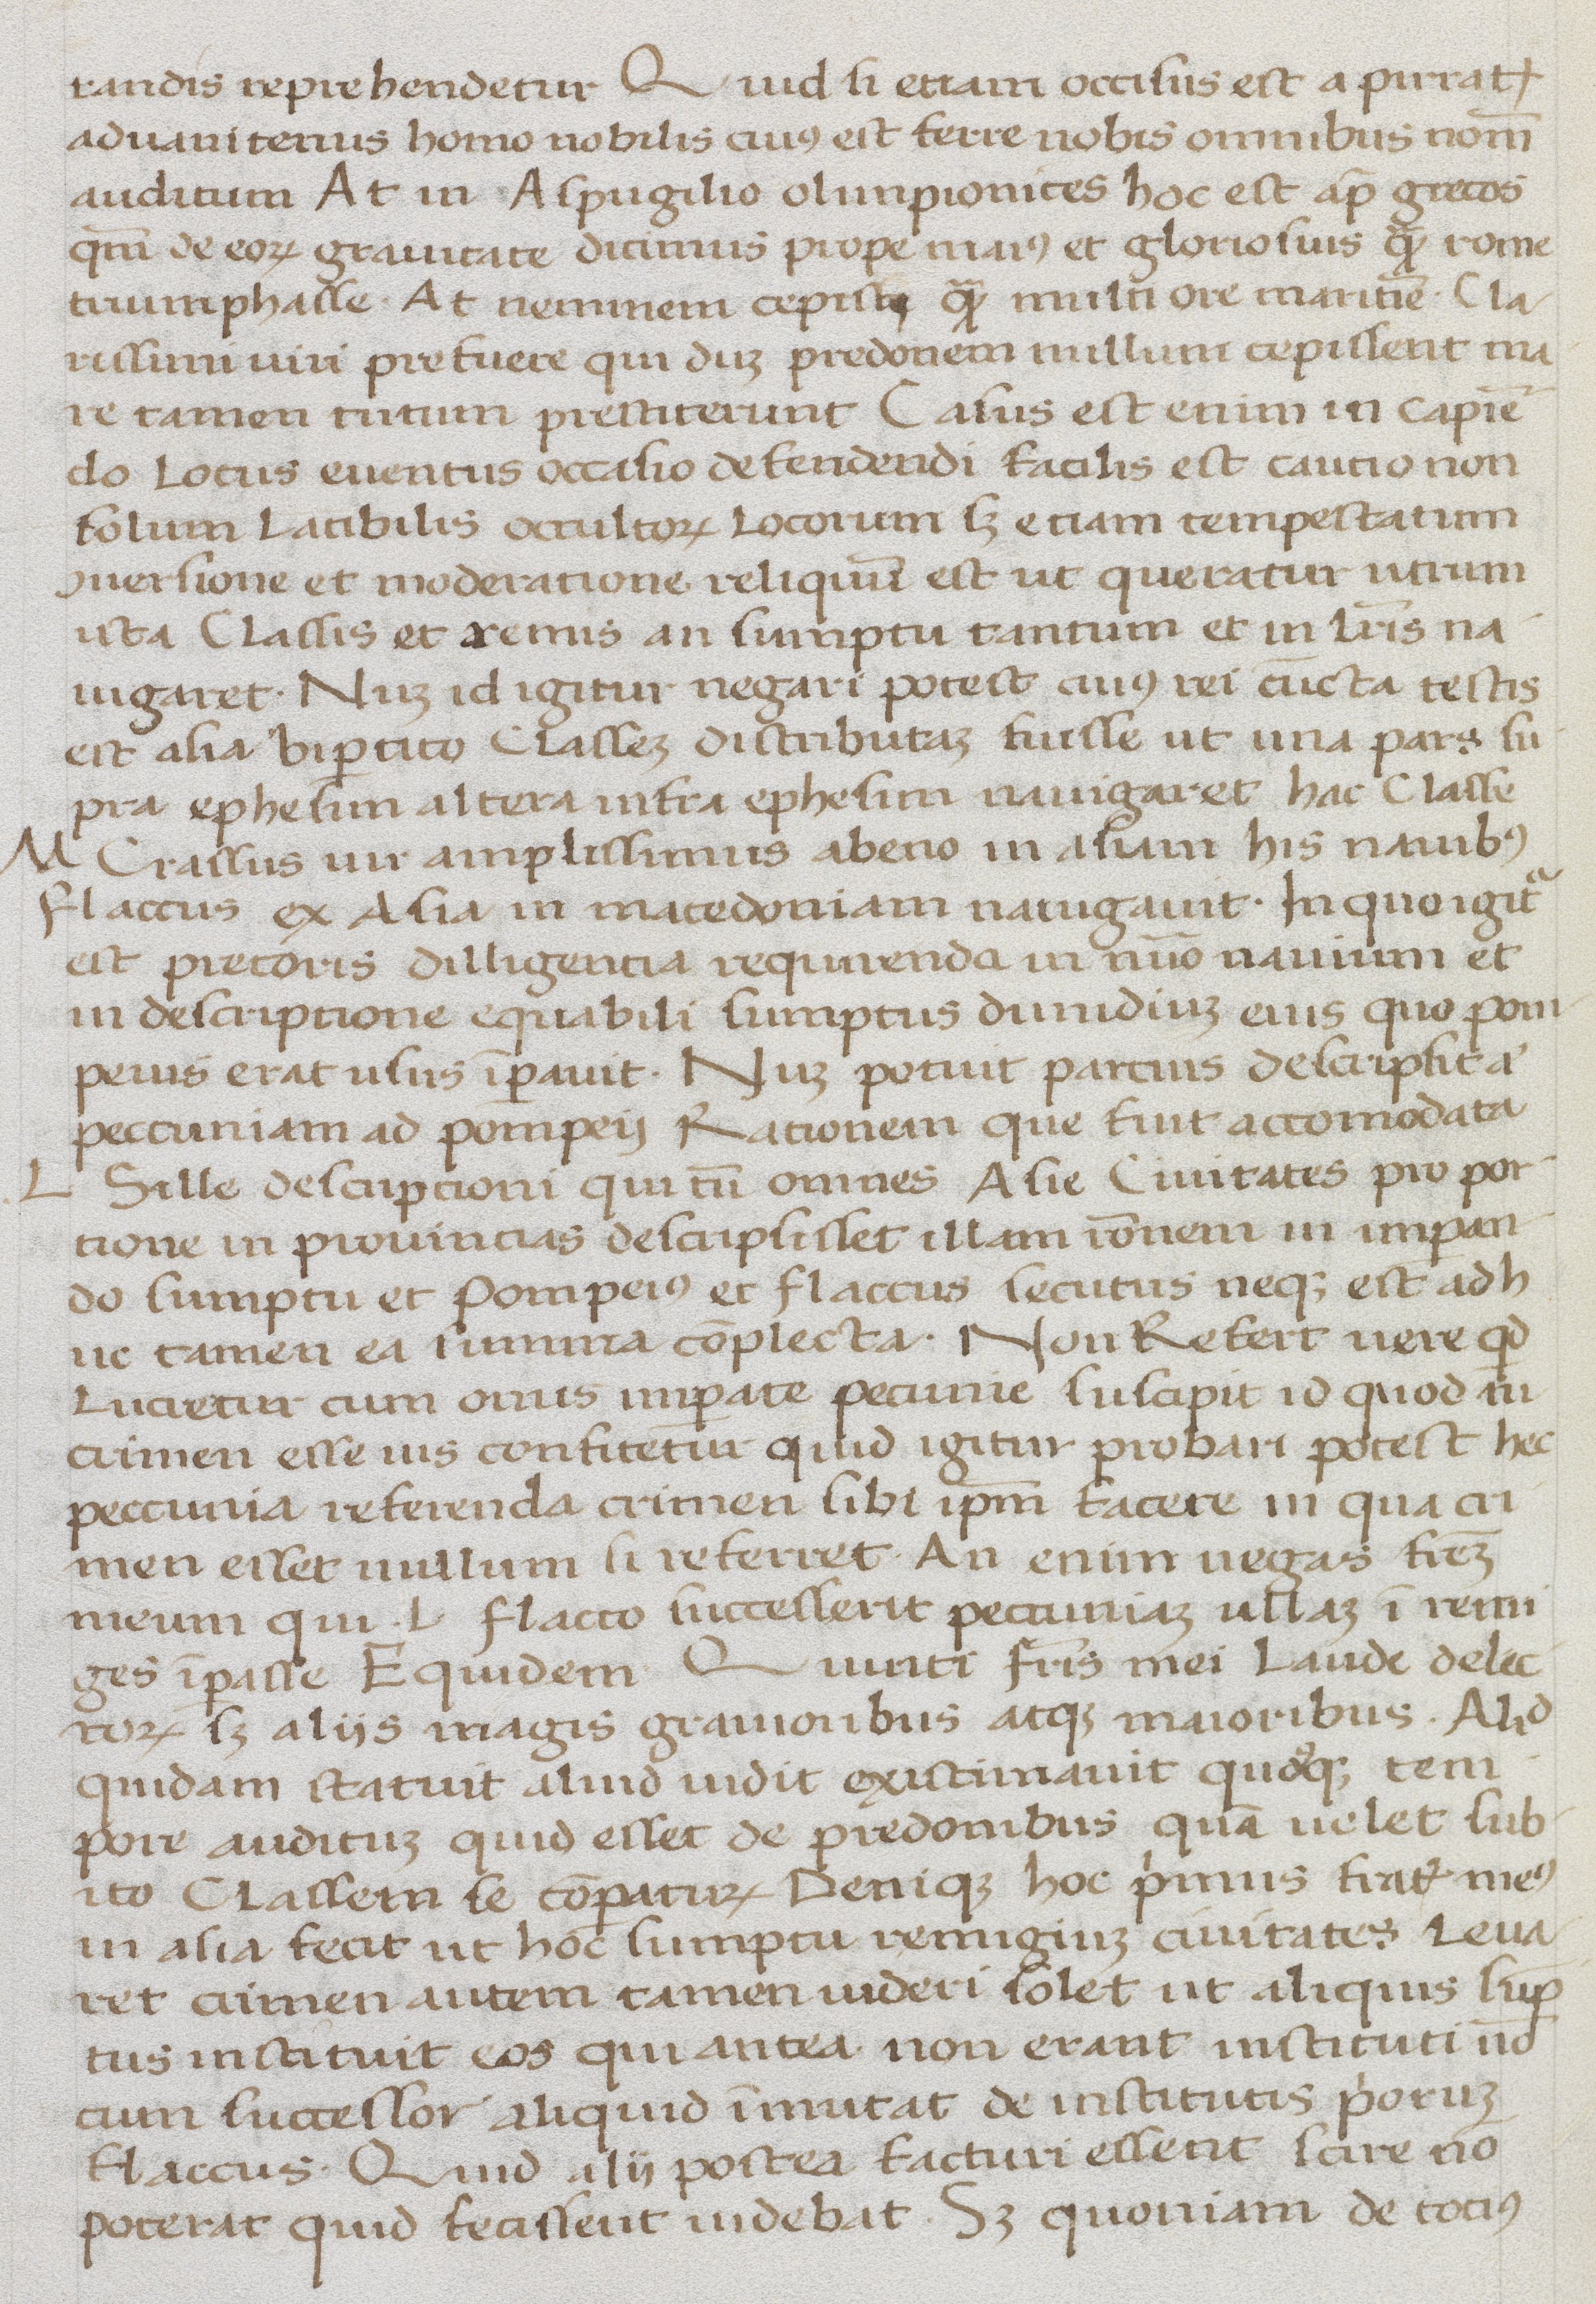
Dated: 1400–1499